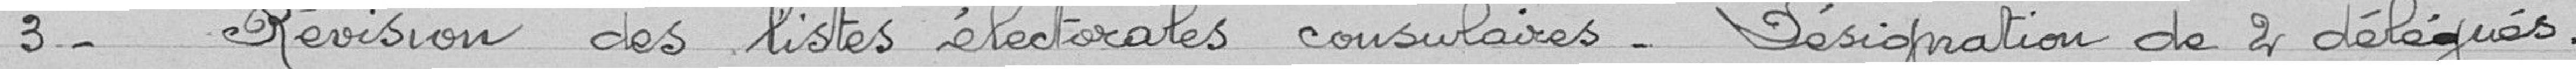
3 - Révision des listes électorales consulaires. Désignation de 4 délégués